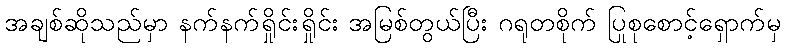
အချစ်ဆိုသည်မှာ နက်နက်ရှိုင်းရှိုင်း အမြစ်တွယ်ပြီး ဂရုတစိုက် ပြုစုစောင့်ရှောက်မှ